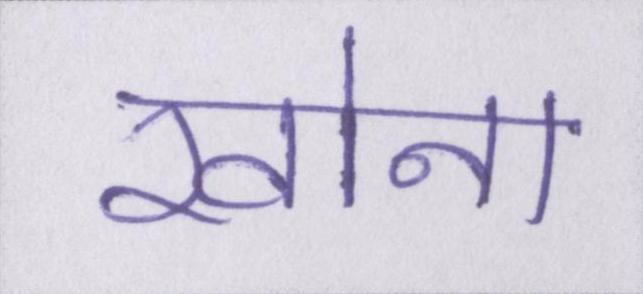
खोना